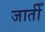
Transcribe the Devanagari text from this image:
जातीँ